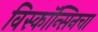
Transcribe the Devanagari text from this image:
विस्कॉन्सिनचा